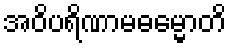
အဝိပရိဏာမဓမ္မောတိ